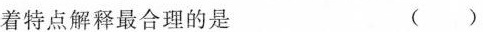
着特点解释最合理的是 ()